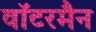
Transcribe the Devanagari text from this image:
वॉटरमैन